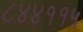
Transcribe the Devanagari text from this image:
८४४११५